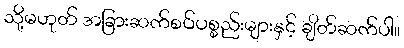
သို့မဟုတ် အခြားဆက်စပ်ပစ္စည်းများနှင့် ချိတ်ဆက်ပါ။